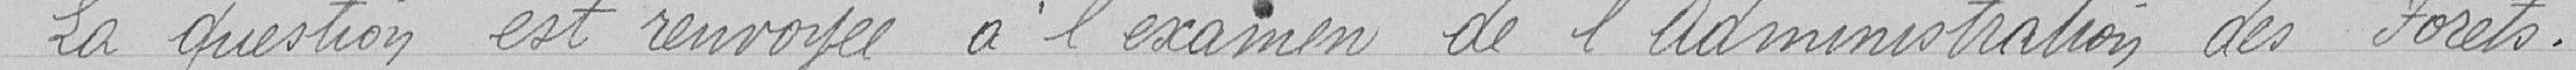
La question est renvoyée à l'examen de l'administration des forets.